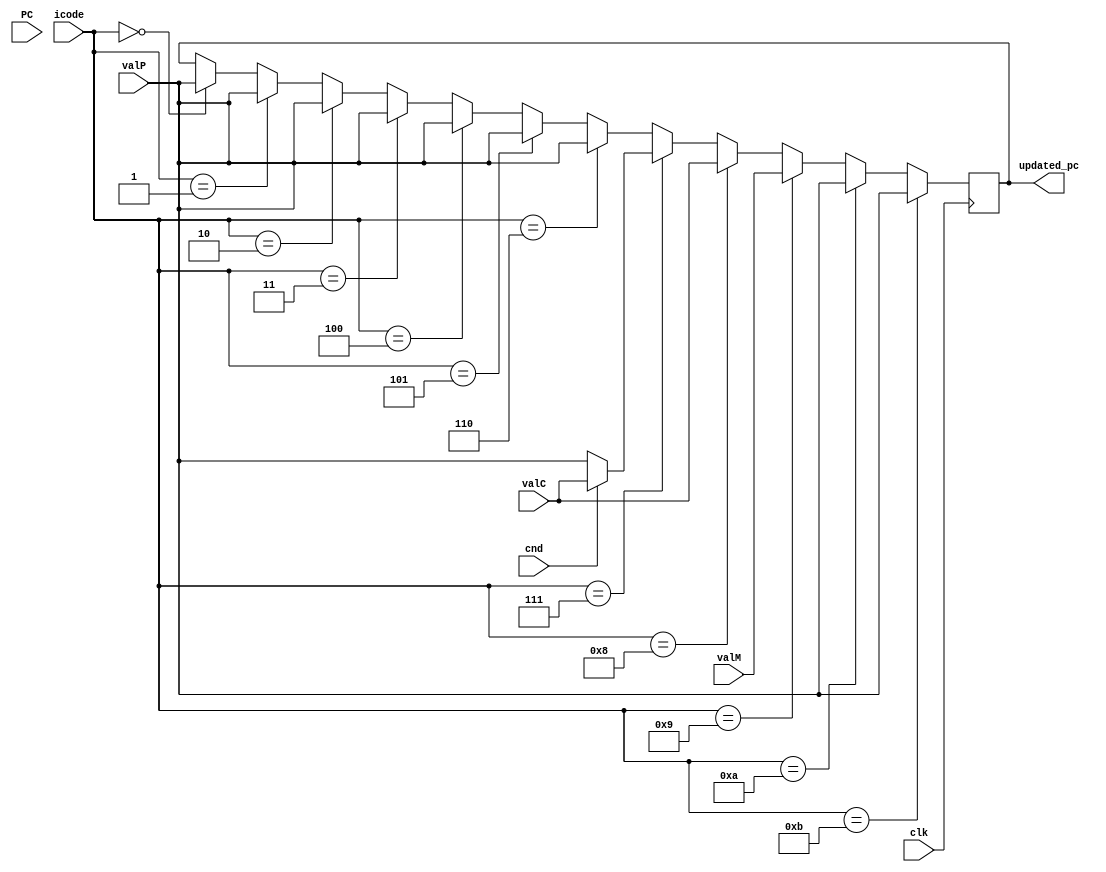
module pc_update(input clk,input [3:0] icode,input [63:0] PC,input cnd,input[63:0] valC,valM,valP,output reg [63:0] updated_pc);

  always@(posedge clk)
  begin
    #2
    if (icode==4'b0000)
      updated_pc=valP;

    if (icode==4'b0001)
      updated_pc=valP;

    if (icode==4'b0010)
       updated_pc=valP;

    if (icode==4'b0011)
        updated_pc=valP;

    if (icode==4'b0100)
       updated_pc=valP;
    
    if (icode==4'b0101)
       updated_pc=valP;

    if (icode==4'b0110)
       updated_pc=valP;

    if(icode==4'b0111) 
    begin
      if(cnd==1'b1)
        updated_pc=valC;
      
      else
        updated_pc=valP;

    end

    if(icode==4'b1000) 
    
      updated_pc=valC;
    
    if(icode==4'b1001) 
    
      updated_pc=valM;
   
    if (icode==4'b1010)
       updated_pc=valP;

    if (icode==4'b1011)
       updated_pc=valP;
    
    
  end

endmodule